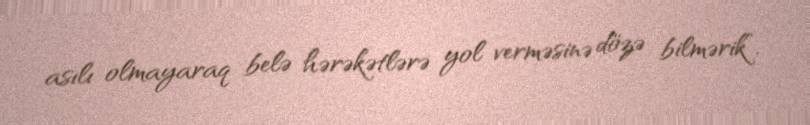
asılı olmayaraq belə hərəkətlərə yol verməsinə dözə bilmərik”.